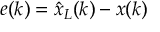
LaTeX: e ( k ) = { \hat { x } } _ { L } ( k ) - x ( k )